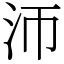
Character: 沞